Report on the Nagpur School of Medicine, Central Provinces
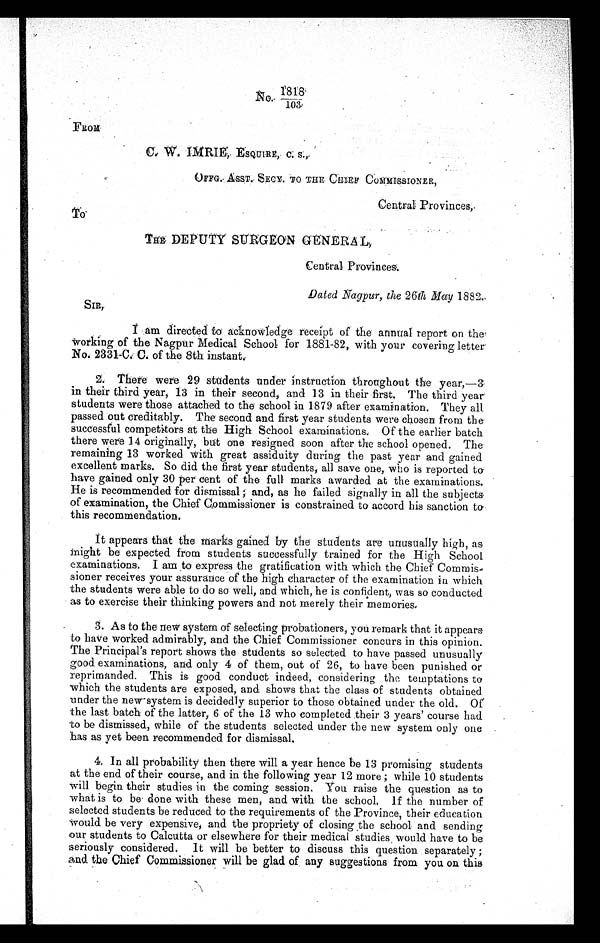
No.1818
103
FROM
C . W. I MR I EE S QUI RE , C. S ,
O F F G . A S S T . S E C Y . T O T H E C H I E F C O M M I S S I O N E R ,
Central Provinces,
TO'
Central Provinces.
Dated Nagpur, the 26th May 1882.
S I R ,
I
am directed to acknowledge receipt of the annual report on the
Working of the Nagpur Medical School for 1881-82, with your covering letter
No. 2331-C. C. of the 8th instant.
2 . T h e r e w e r e 2 9 s t u d e n t s u n d e r i n s t r u c t i o n t h r o u g h o u t t h e y e a r , — 3
in their third year, 13 in their second, and 13 . in their first. The third years.
students were those attached to the school in 1879 after examination. They all
passed out creditably. The second and first year students were chosen from the
successful competitors at the High School examinations. Of the earlier batch
there were 14 originally, but one resigned soon after the school opened. The
remaining 13 worked with great assiduity during the past year and gained
excellent marks. So did the first year students, all save one, who is reported to
have gained only 30 per cent of the full marks awarded at the examinations.
He is recommended for dismissal; and, as he failed signally in all the subjects
of examination, the Chief Commissioner is constrained to accord his sanction to
this recommendation.
It appears that the marks gained by the students are unusually high, as
night be expected from students successfully trained for the High School
examinations. I am to express the gratification with which the Chief' Commis-
sioner receives your assurance of the high character of the examination in which
the students were able to do so well, and which, he is confident, was so conducted
as to exercise their thinking powers and not merely their memories.
3. As to the new system of selecting probationers, you remark that it appears
to have worked admirably, and the Chief Commissioner concurs in this opinion.
The Principal's report shows the students so selected to have passed unusually
good examinations, and only 4 of them, out of 26, to have been punished or
reprimanded. This is good conduct indeed, considering the temptations to
which the students are exposed, and shows that the class of students obtained
under the new system is decidedly superior to those obtained under the old. Of
the last batch of the platter, 6 of the 13 who completed their 3 years' course had
to be dismissed, while of the students selected under the new system only one
has as yet been recommended for dismissal.
4. In all probability then there will a year hence be 13 promising students
at the end of their course, and in the following year 12 more; while 10 students
will begin their studies in the coming session. You. raise the question as to
what is to be . done with these men, and with the school. If the number of
selected students be reduced to the requirements of the Province, their education
would be very expensive, and the propriety of closing the school and sending
our students to Calcutta or elsewhere for their medical studies would have to be
seriously considered. It will be better to discuss this question separately;
and the Chief Commissioner will be glad of any suggestions from you on this